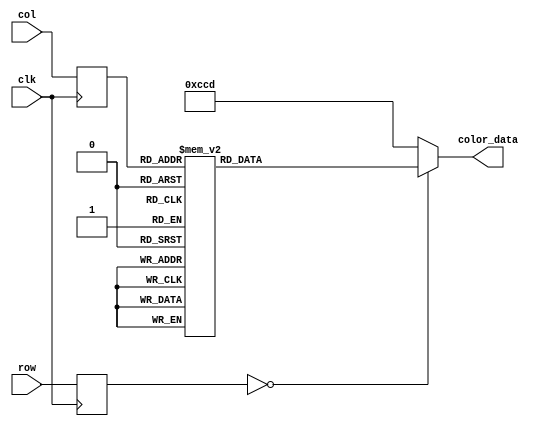
module background_rom
	(
		input wire clk,
		input wire [4:0] row,
		input wire [4:0] col,
		output reg [11:0] color_data
	);

	(* rom_style = "block" *)

	//signal declarations
	reg [4:0] row_reg;
	reg [4:0] col_reg;

	always @(posedge clk)
		begin
		row_reg <= row;
		col_reg <= col;
		end

always @*
    case ({row_reg, col_reg})
		10'b0000000000: color_data = 12'b011011011110;
		10'b0000000001: color_data = 12'b000000000000;
		10'b0000000010: color_data = 12'b000000000000;
		10'b0000000011: color_data = 12'b000000000000;
		10'b0000000100: color_data = 12'b000000000000;
		10'b0000000101: color_data = 12'b000000000000;
		10'b0000000110: color_data = 12'b000000000000;
		10'b0000000111: color_data = 12'b000000000000;
		10'b0000001000: color_data = 12'b000000000000;
		10'b0000001001: color_data = 12'b000000000000;
		10'b0000001010: color_data = 12'b000000000000;
		10'b0000001011: color_data = 12'b000000000000;
		10'b0000001100: color_data = 12'b000000000000;
		10'b0000001101: color_data = 12'b000000000000;
		10'b0000001110: color_data = 12'b000000000000;
		10'b0000001111: color_data = 12'b011011011110;
		10'b0000010000: color_data = 12'b000000000000;
		10'b0000010001: color_data = 12'b000000000000;
		10'b0000010010: color_data = 12'b110011001101;
		10'b0000010011: color_data = 12'b110011001101;
		10'b0000010100: color_data = 12'b110011001101;
	
		default: color_data = 12'b110011001101;
	endcase
endmodule